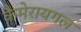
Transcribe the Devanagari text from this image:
कैमेरायगल